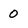
Character: 0